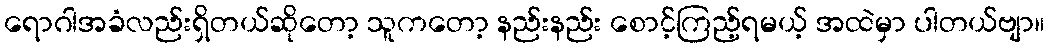
ရောဂါအခံလည်းရှိတယ်ဆိုတော့ သူကတော့ နည်းနည်း စောင့်ကြည့်ရမယ့် အထဲမှာ ပါတယ်ဗျာ။